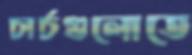
চার্চগুলোতে